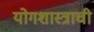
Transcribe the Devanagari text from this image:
योगशास्त्राची